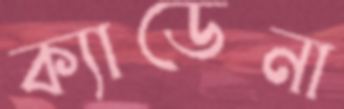
ক্যাডেনা